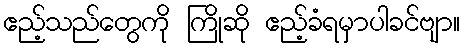
ဧည့်သည်တွေကို ကြိုဆို ဧည့်ခံရမှာပါခင်ဗျာ။